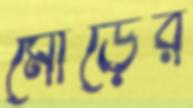
মোড়ের